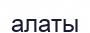
алаты